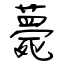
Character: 薨